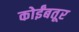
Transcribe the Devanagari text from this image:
कोईंबतूर